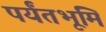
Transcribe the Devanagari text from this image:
पर्यंतभूमि